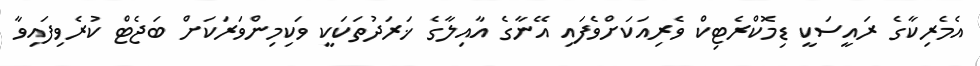
އެމެރިކާގެ ރައީސަކީ ޑިމޮކްރެޓިކް ވެރިއަކަށްވެފައި އޭނާގެ އާއިލާގެ ޚަރަދުތަކަކީ ވަކިމިންވަރަކަށް ބަޖެޓް ކުރެވިފައިވާ